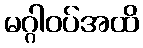
မဂ္ဂါဝပ်အထိ